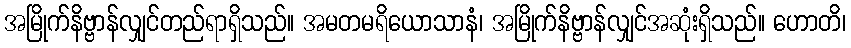
အမြိုက်နိဗ္ဗာန်လျှင်တည်ရာရှိသည်။ အမတမရိယောသာနံ၊ အမြိုက်နိဗ္ဗာန်လျှင်အဆုံးရှိသည်။ ဟောတိ၊